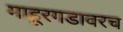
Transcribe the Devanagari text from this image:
माहूरगडावरच